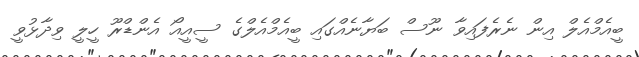
ބީއެމްއެލް އިން ނެރެފައިވާ ނޫސް ބަޔާނެއްގައި ބީއެމްއެލްގެ ސީއީއޯ އެންޑްރޫ ހީލީ ވިދާޅުވީ